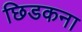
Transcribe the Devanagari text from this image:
छिडकना